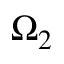
\Omega _ { 2 }